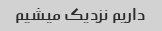
داریم نزدیک میشیم